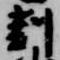
刻